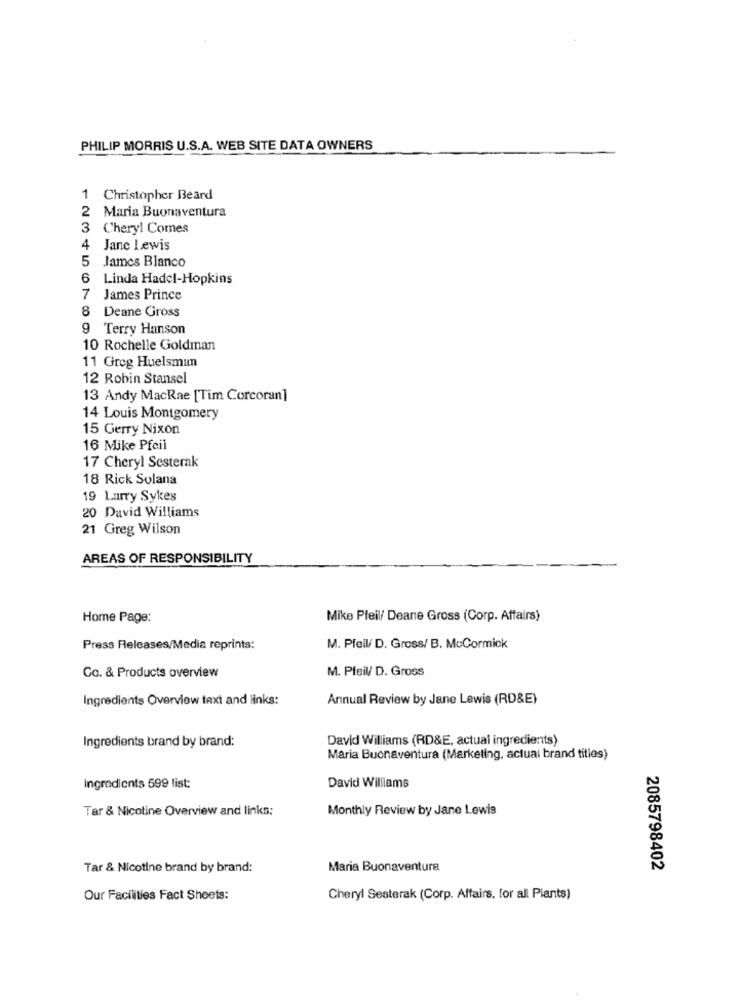
PHILIP MORRIS U.S.A. WEB SITE DATA OWNERS
1 Christopher Beard
2 Maria Buonaventura
3
Cheryl Comes
4
Janc Lewis
5 James Blanco
6 Linda Hadcl-Hopkins
7
James Prince
8 Deane Gross
9 Terry Hanson
10 Rochelle Goldman
11 Greg Huelsmun
12 Robin Stansel
13 Andy MacRae [Tim Corcoran]
14 Louis Montgomery
15 Gerry Nixon
16 Mike Pfeil
17 Cheryl Sesterak
18 Rick Solana
19 Larry Sykes
20 David Williams
21 Greg Wilson
AREAS OF RESPONSIBILITY
Home Page:
Mike Pfeil/ Deane Gross (Corp. Affairs)
Press Releases/Media reprints:
M. Pfeil/ D. Gross/ B. McCormick
M. Pfeil/ D. Gross
Co. & Products overview
Ingredients Overview text and links:
Annual Review by Jane Lewis (RD&E)
Ingredients brand by brand:
David Williams (RD&E, actual ingredients)
Maria Buonaventura (Marketing, actual brand titles)
Ingredients 599 list:
David Williams
Tar & Nicotine Overview and links;
Monthly Review by Jane Lewis
Tar & Nicotine brand by brand:
Maria Buonaventura
2085798402
Our Facilities Fact Sheets:
Cheryl Sesterak (Corp. Affairs, for all Plants)